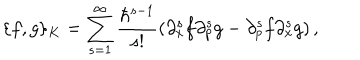
\{ f , g \} _ { K } = \sum _ { s = 1 } ^ { \infty } { \frac { \hbar ^ { s - 1 } } { s ! } } ( \partial _ { x } ^ { s } f \partial _ { p } ^ { s } g - \partial _ { p } ^ { s } f \partial _ { x } ^ { s } g ) \, ,